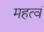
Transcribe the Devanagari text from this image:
महत्वं